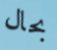
بحال